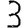
Digit: 3